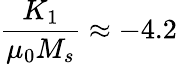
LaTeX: \frac{K_{1}}{\mu_{0}M_{s}}\approx-4.2